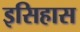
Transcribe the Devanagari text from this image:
इसिहास